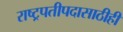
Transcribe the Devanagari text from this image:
राष्ट्रपतीपदासाठीही